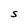
Character: S